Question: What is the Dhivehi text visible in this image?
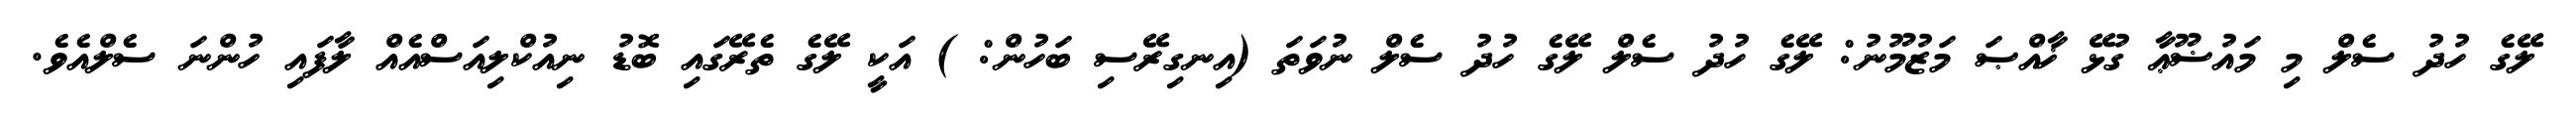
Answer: ލޭގެ ހުދު ސެލް މި މައުޟޫޢާ ގުޅޭ ޚާއްޞަ މަޒުމޫނު: ލޭގެ ހުދު ސެލް ލޭގެ ހުދު ސެލް ނުވަތަ (އިނގިރޭސި ބަހުން: ) އަކީ ލޭގެ ތެރޭގައި ބޮޑު ނިއުކްލިއަސްއެއް ލާފައި ހުންނަ ސެލްއެވެ.